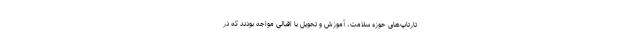
تارتاپ‌های حوزه سلامت، آموزش و تحویل با اقبالی مواجه بودند که در